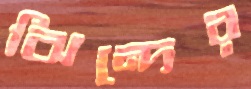
ঝিন্দের